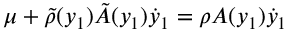
\mu + \tilde { \rho } ( y _ { 1 } ) \tilde { A } ( y _ { 1 } ) \dot { y } _ { 1 } = \rho A ( y _ { 1 } ) \dot { y } _ { 1 }